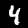
Digit: 4